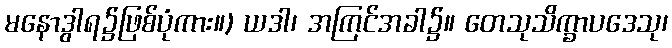
မနောဒွါရ၌ဖြစ်ပုံကား။) ယဒါ၊ အကြင်အခါ၌။ တေသုသိက္ခာပဒေသု၊